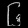
Digit: ၆